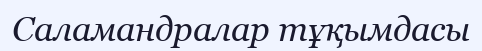
Саламандралар тұқымдасы